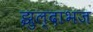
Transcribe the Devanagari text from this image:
झुल्दाभज